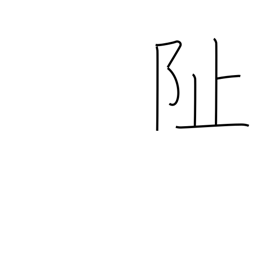
Meaning: foundation